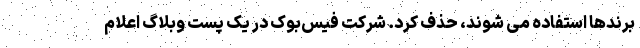
برندها استفاده می شوند، حذف کرد. شرکت فیس‌بوک در یک پست وبلاگ اعلام